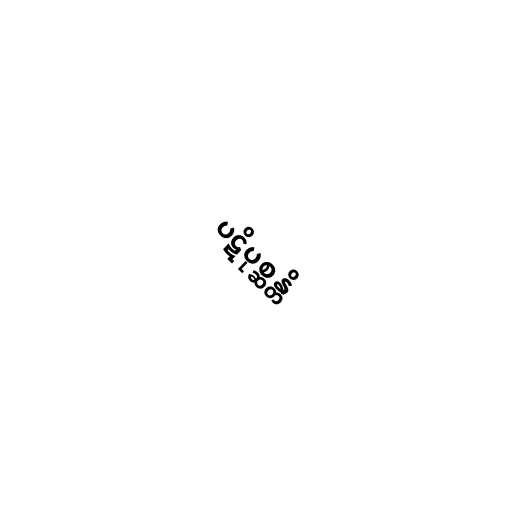
ပဋိပုစ္ဆန္တိ